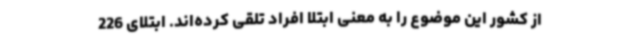
از کشور این موضوع را به معنی ابتلا افراد تلقی کرده‌اند. ابتلای 226